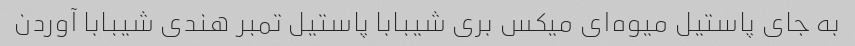
به جای پاستیل میوه‌ای میکس بری شیبابا پاستیل تمبر هندی شیبابا آوردن